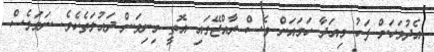
އެދުވަހަށް ފަހު މިއަދާ ހަމައަށް ވެސް ރާއްޖޭގައި އޮތީ މިނިވަން ދައުލަތެކެވެ. ނަމަވެސް